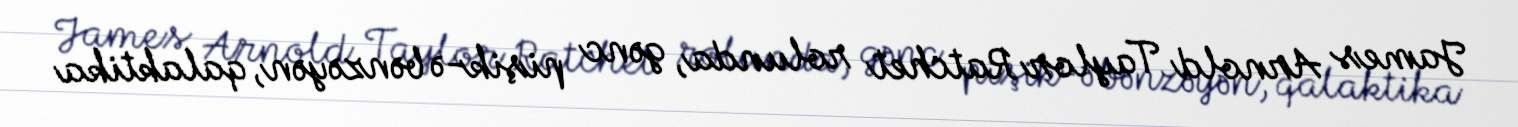
James Arnold Taylor Ratchet rolunda, gənc pişik-ə bənzəyən, qalaktika